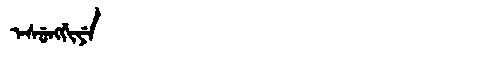
Manchu: ᡝᠰᡠᠩᡤᡳᠶᡝ
Romanization: ESUNGGIYE